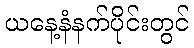
ယနေ့နံနက်ပိုင်းတွင်